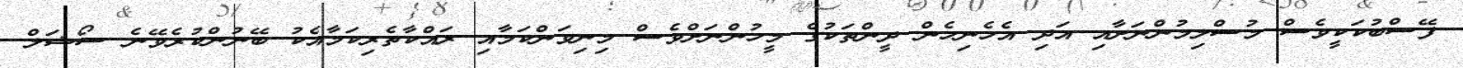
ފޭސްބުކަކީވެސް މުސްލިމުންނަށާއި އަދި އެހެނިހެން ދީންތަކުގެ މީހުންނަށްވެސް މިނިވަންކަމާއި ރައްކާތެރިކަމާއެކު ބޭނުންކުރެވޭނެ ސޯޝަލް